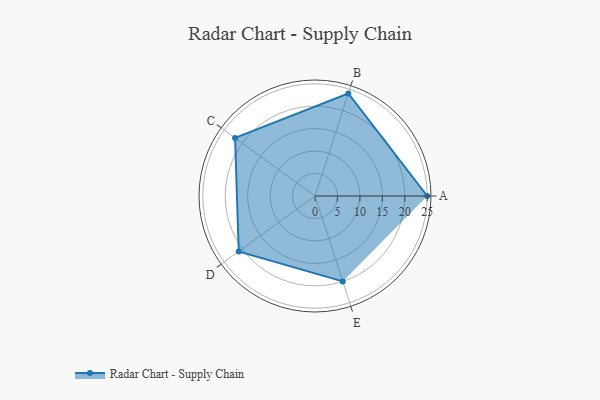
{"axis": {"x": "Skill", "y": "Score"}, "legend": ["Profile"], "data": [{"x": "A", "y": 25.0, "type": "Profile"}, {"x": "B", "y": 24.0, "type": "Profile"}, {"x": "C", "y": 22.0, "type": "Profile"}, {"x": "D", "y": 21.0, "type": "Profile"}, {"x": "E", "y": 20, "type": "Profile"}]}